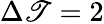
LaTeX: \Delta\mathscr{T}=2